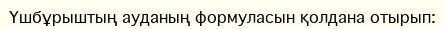
Үшбұрыштың ауданың формуласын қолдана отырып: